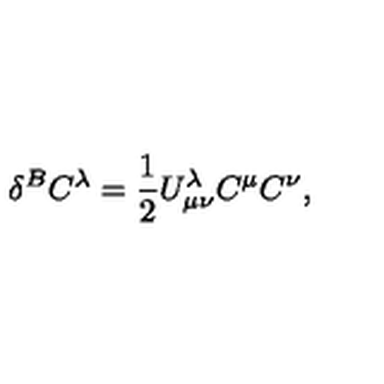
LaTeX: \delta ^ { B } C ^ { \lambda } = \frac { 1 } { 2 } U _ { \mu \nu } ^ { \lambda } C ^ { \mu } C ^ { \nu } ,